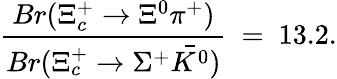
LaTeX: \frac{Br(\Xi_{c}^{+}\rightarrow\Xi^{0}\pi^{+})}{Br(\Xi_{c}^{+}\rightarrow\Sigma^{+}\bar{K^{0}})}~=~13.2.